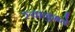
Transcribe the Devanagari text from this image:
स्वानुमते